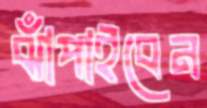
ঝাঁপাইবেন